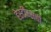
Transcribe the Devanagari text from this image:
हेस्टींग्सची